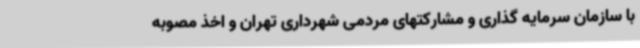
با سازمان سرمایه گذاری و مشارکتهای مردمی شهرداری تهران و اخذ مصوبه